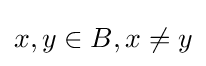
x,y\in B,x\neq y